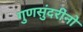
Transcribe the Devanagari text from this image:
गुणसुंदरीनो